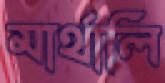
মার্থালি